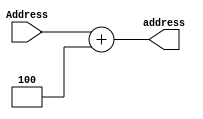
`timescale 1ns / 1ps
//////////////////////////////////////////////////////////////////////////////////
// Company: 
// Engineer: 
// 
// Design Name: 
// Module Name: NPC
// Project Name: 
// Target Devices: 
// Tool Versions: 
// Description: 
// 
// Dependencies: 
// 
// Revision:
// Revision 0.01 - File Created
// Additional Comments:
// 
//////////////////////////////////////////////////////////////////////////////////


module NPC(
input [31:0]Address,
//input clk,reset,
//output reg[31:0]address
output [31:0]address
    );
//always@(negedge clk or posedge reset)begin
//if(reset)address<=32'h00400000;
//else if(~clk)address<=Address+32'd4;
assign address=Address+32'd4;
//end
endmodule